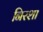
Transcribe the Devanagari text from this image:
निरशा